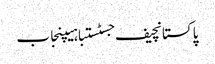
پاکستانچیف جسٹستباہیپنجاب